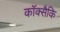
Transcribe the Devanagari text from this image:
कॉक्सैकि